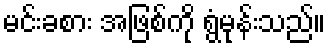
မင်းခစား အဖြစ်ကို ရွံမုန်းသည်။